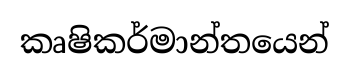
කෘෂිකර්මාන්තයෙන්